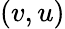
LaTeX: (v,u)